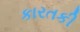
કારતકી